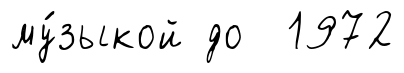
му́зыкой до 1972